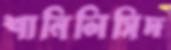
শানিলিসিদ